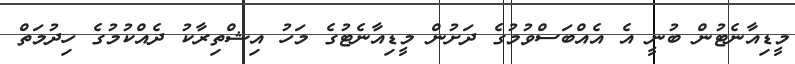
މީޑިއާނެޓުން ބުނީ އެ އެއްބަސްވުމުގެ ދަށުން މީޑިއާނެޓުގެ މަހު އިޝްތިރާކު ދެއްކުމުގެ ހިދުމަތް